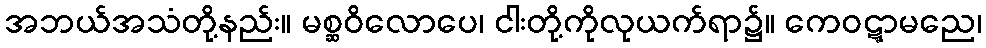
အဘယ်အသံတို့နည်း။ မစ္ဆဝိလောပေ၊ ငါးတို့ကိုလုယက်ရာ၌။ ကေဝဋ္ဋာမညေ၊